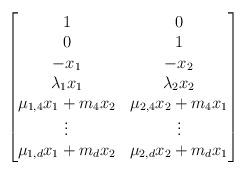
LaTeX: \begin{align*} \begin{bmatrix} 1 & 0\\ 0 & 1\\ -x_1 & -x_2 \\ \lambda_{1} x_1 & \lambda_2 x_2 \\ \mu_{1,4} x_1 + m_4 x_2 & \mu_{2,4} x_2 + m_4 x_1\\ \vdots & \vdots \\ \mu_{1,d} x_1 + m_d x_2 & \mu_{2,d} x_2 + m_d x_1 \end{bmatrix} \end{align*}